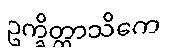
ဥက္ခိတ္တာသိကေ